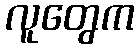
လူတွေက